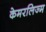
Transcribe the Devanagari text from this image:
केमरलिज्म